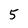
Character: 5